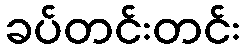
ခပ်တင်းတင်း